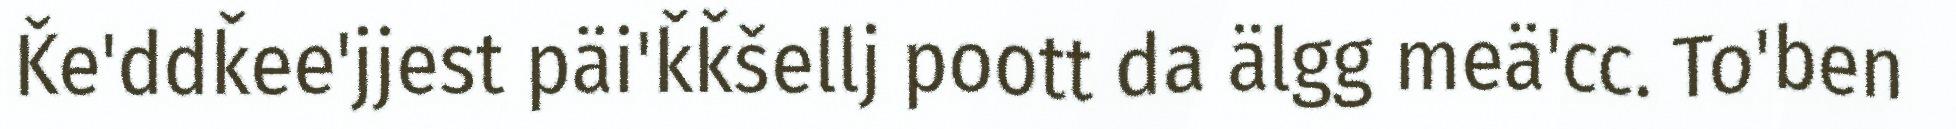
Ǩe'ddǩee'jjest päi'ǩǩšellj poott da älgg meä'cc. To'ben